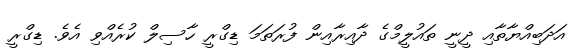
އަދަބިއްޔާތާއި ދީނީ ތައުލީމްގެ ދާއިރާއިން ފުރަތަމަ ޑިގްރީ ހާސިލް ކުރެއްވި އެވެ. ޑިގްރީ